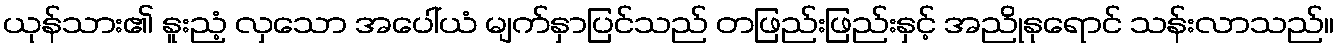
ယုန်သား၏ နူးညံ့ လှသော အပေါ်ယံ မျက်နှာပြင်သည် တဖြည်းဖြည်းနှင့် အညိုနုရောင် သန်းလာသည်။